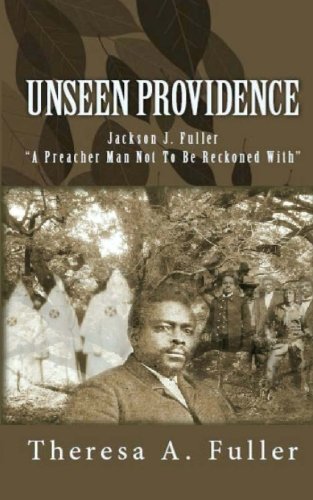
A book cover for Unseen Providence; Theresa A. Fuller; Literature & Fiction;